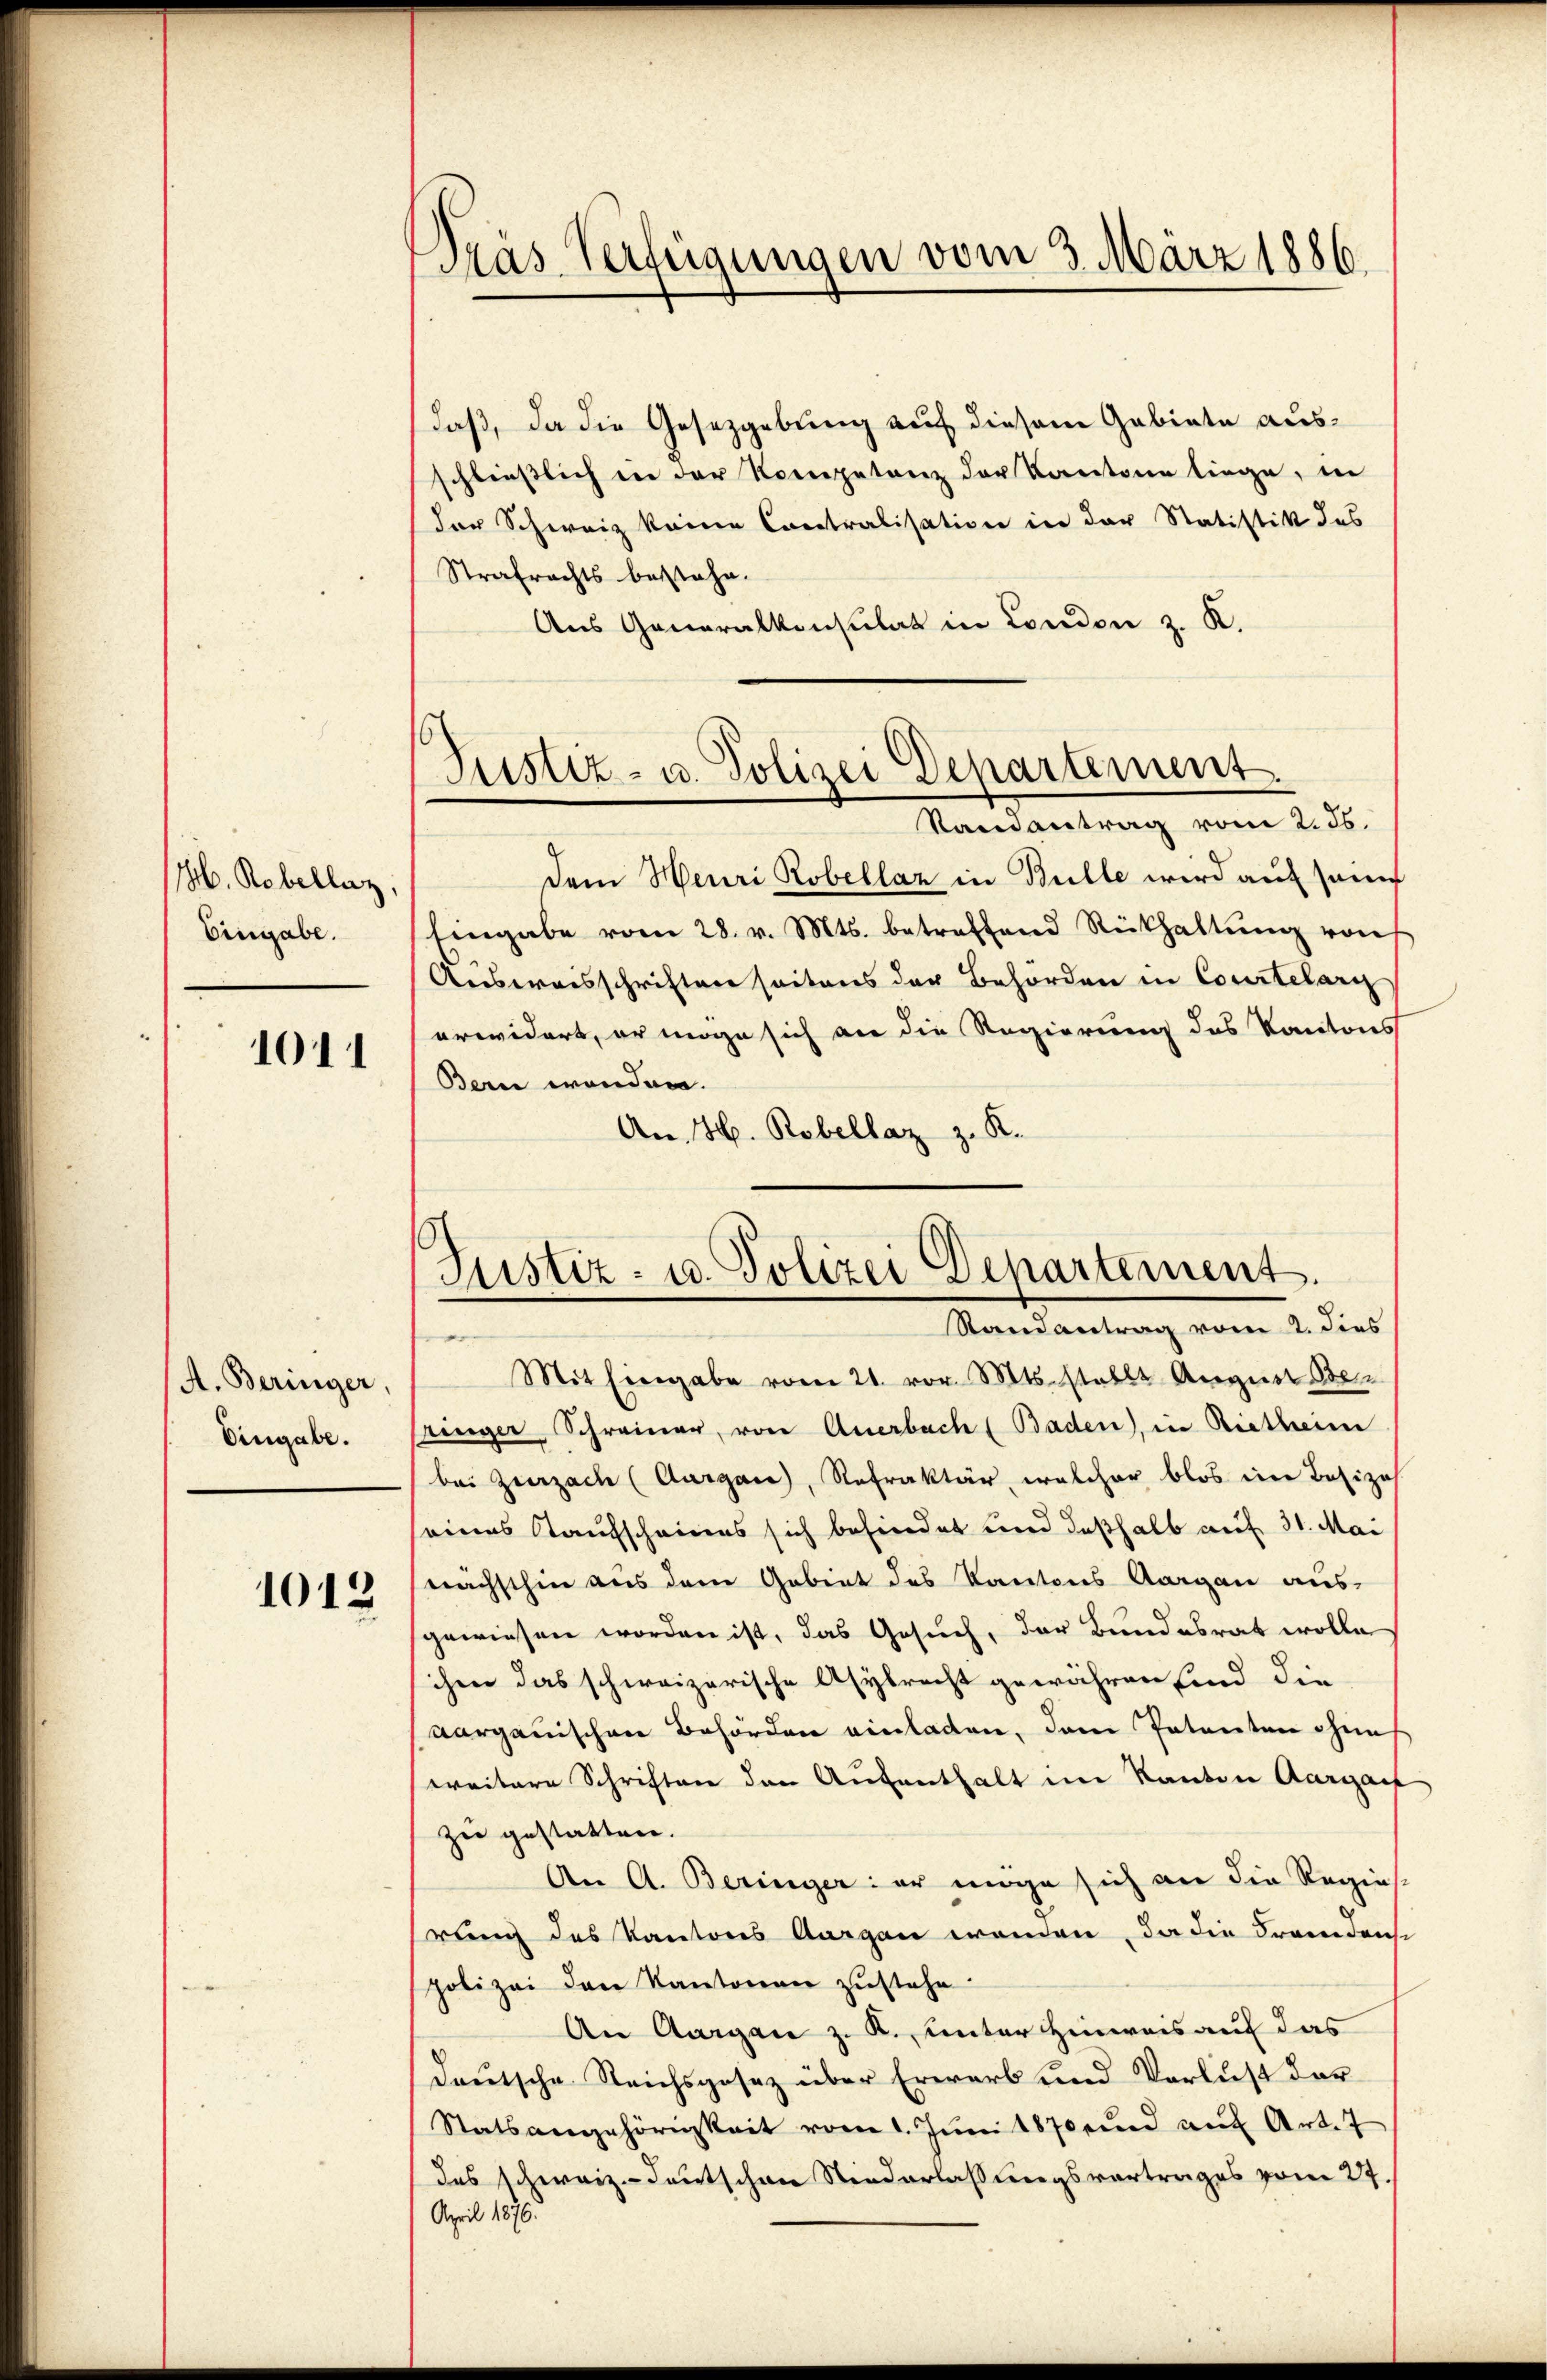
H. Robellaz,
Eingabe.

1011

A. Beringer,
Eingabe.

1012

Dräs Verfügungen vom 3. März 1886.

daß, da die Gesetzgebung auf diesem Gebiete ausschließlich in der Kompetenz der Kantone liege, in
der Schweiz keine Contralisation in der Statistik des
Strafrachts bestehe.
Aus Generalkonsulat in London z. K.
dem Heuri Robellaz in Bulle wird auf seine
Eingabe vom 28. v. Mts. betreffend Rückhaltŭng von
Ausweisschriften seitens der Behörden in Courtelary
erwidert, er möge sich an die Regierung des Kantons
Bern werden.
An H. Robellaz z. R.
Mit Eingabe vom 21. vor. Mts. stellt August Beringer, Schreiner, von Anerbach Baden, in Rietheim
bei Zurzach (Aargau, Refraktär, welcher blos im Besize
eines Kaufscheines sich behindet und deßhalb auf 31. Mai
nachsthin aus dem Gebiet des Kantons Aargau aus-
gewiesen worden ist, das Gesuch, der Bundesrat wolle
chen das schweizerische Asylrecht gewähren sind die
Aargauischen Behörden einladen, dem Patenten ohnes
weitere Schriften den Aufenthalt im Kanton Aargart
zer gestatten.
An A. Beringer: er möge sich an die Regierung des Kantons Aargau wenden, da die Fremden
polizei den Kantonen zŭstehe
An Aargau z. K. unter Hinweis auf das
deutsche Reichsgesez über Erwarb und Verlust der
Statsangehörigkeit vom 1. Jŭni 1870 und auf Art. 7
das schweiz. Teutschen Niederlassungsvortrages vom 27.
April 1876.

Justiz- u. Polizei Departement.
Randantrag vom 2. 26.

Justiz- u. Polizei Departement
Randantrag vom 2. dies